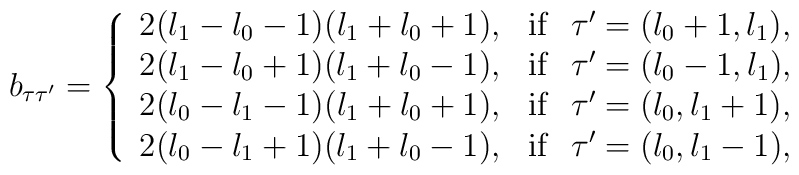
b_{\tau \tau'} = \left\{\begin{array}{ll}2(l_{1}-l_{0}-1)(l_{1}+l_{0}+1), & {\mbox{\rm if}} \hspace{0.3cm} \tau'=(l_{0}+1,l_{1}), \\2(l_{1}-l_{0}+1)(l_{1}+l_{0}-1), & {\mbox{\rm if}} \hspace{0.3cm}\tau'=(l_{0}-1,l_{1}), \\2(l_{0}-l_{1}-1)(l_{1}+l_{0}+1), & {\mbox{\rm if}} \hspace{0.3cm}\tau'=(l_{0},l_{1}+1), \\2(l_{0}-l_{1}+1)(l_{1}+l_{0}-1), & {\mbox{\rm if}} \hspace{0.3cm}\tau'=(l_{0},l_{1}-1),\end{array} \right.